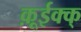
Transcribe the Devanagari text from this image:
क़ूईक्क्